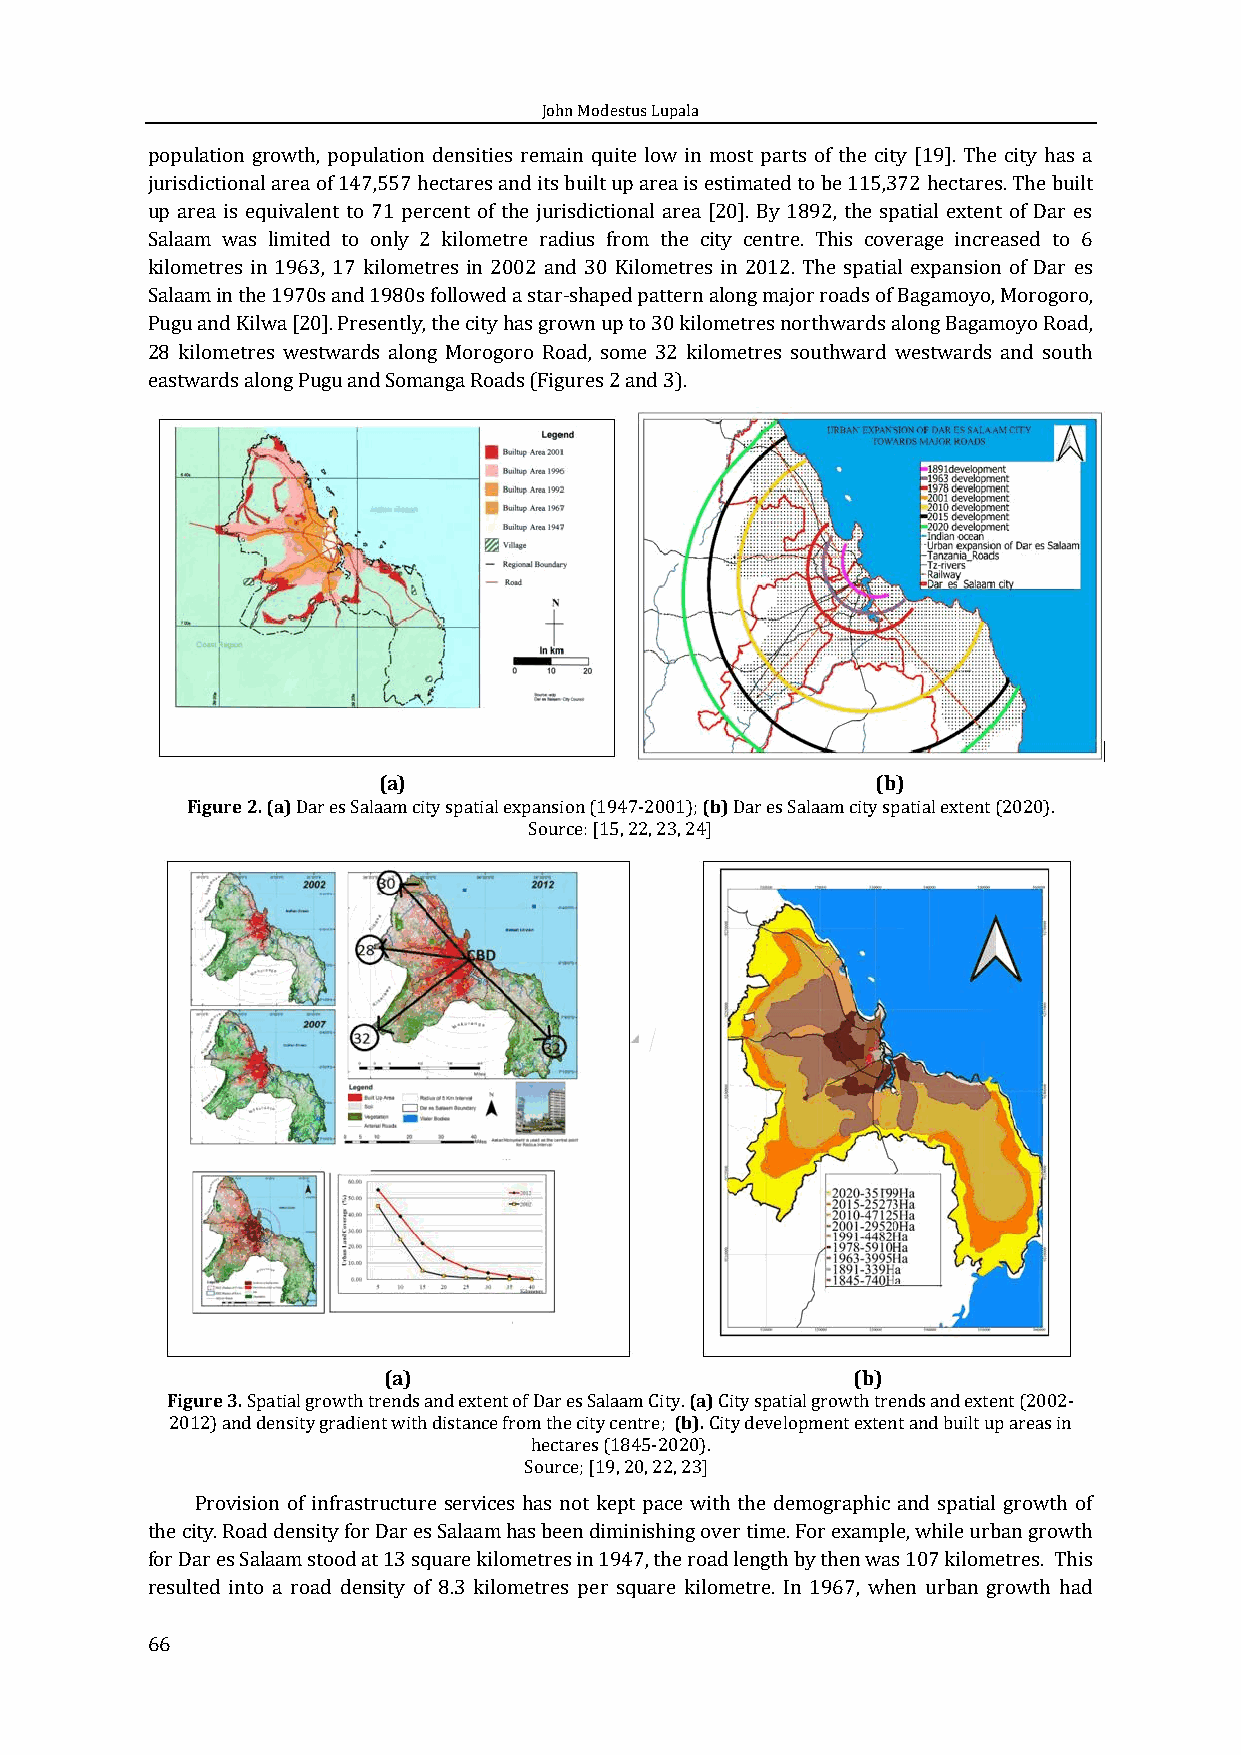
John Modestus Lupala
 population growth, population densities remain quite low in most parts of the city [19]. The city has a
 jurisdictional area of 147,557 hectares and its built up area is estimated to be 115,372 hectares. The built
 up area is equivalent to 71 percent of the jurisdictional area [20]. By 1892, the spatial extent of Dar es
 Salaam was limited to only 2 kilometre radius from the city centre. This coverage increased to 6
 kilometres in 1963, 17 kilometres in 2002 and 30 Kilometres in 2012. The spatial expansion of Dar es
 Salaam in the 1970s and 1980s followed a star-shaped pattern along major roads of Bagamoyo, Morogoro,
 Pugu and Kilwa [20]. Presently, the city has grown up to 30 kilometres northwards along Bagamoyo Road,
 28 kilometres westwards along Morogoro Road, some 32 kilometres southward westwards and south
 eastwards along Pugu and Somanga Roads (Figures 2 and 3).
 (a)                              (b)
 Figure 2. (a) Dar es Salaam city spatial expansion (1947-2001); (b) Dar es Salaam city spatial extent (2020).
 Source: [15, 22, 23, 24]
 (a)                            (b)
 Figure 3. Spatial growth trends and extent of Dar es Salaam City. (a) City spatial growth trends and extent (2002-
 2012) and density gradient with distance from the city centre; (b). City development extent and built up areas in
 hectares (1845-2020).
 Source; [19, 20, 22, 23]
 Provision of infrastructure services has not kept pace with the demographic and spatial growth of
 the city. Road density for Dar es Salaam has been diminishing over time. For example, while urban growth
 for Dar es Salaam stood at 13 square kilometres in 1947, the road length by then was 107 kilometres. This
 resulted into a road density of 8.3 kilometres per square kilometre. In 1967, when urban growth had
 66